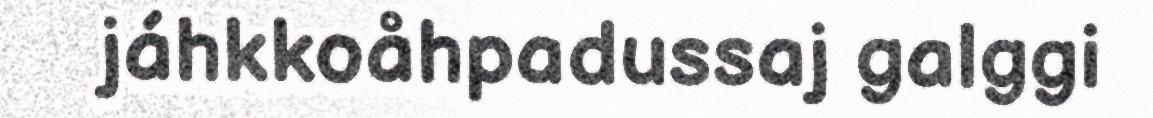
jáhkkoåhpadussaj galggi